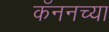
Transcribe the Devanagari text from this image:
कॅननच्या